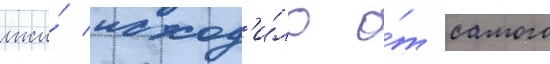
лжи́ исход'и́ло о́т самого